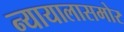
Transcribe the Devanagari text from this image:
न्यायालासमोर